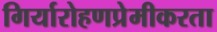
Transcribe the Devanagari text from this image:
गिर्यारोहणप्रेमीकरता